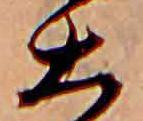
大